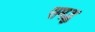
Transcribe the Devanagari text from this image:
समद्ध